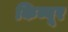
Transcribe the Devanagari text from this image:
किब्बूर